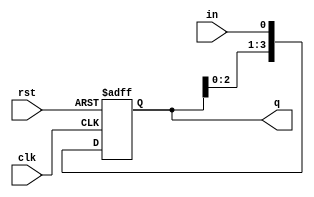
module sipo(clk, rst, in, q);
    input clk, rst, in;
    output reg [3:0]q;

    always @(posedge clk, negedge rst)begin
        if(!rst) q <= 4'b0000;
        else {q[3:1], q[0]} <= {q[2:0], in };
    end
endmodule